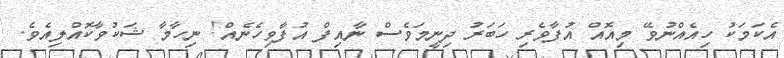
އެކަމަކު ހިއެއްނުވޭ މިއޮއް އުފާވެރި ހަބަރު ދިނީމަވެސް ނާއިފް އުފާވިހެނެއް! ނިހާމާ ޝަކުވާކޮއްލިއެވެ.